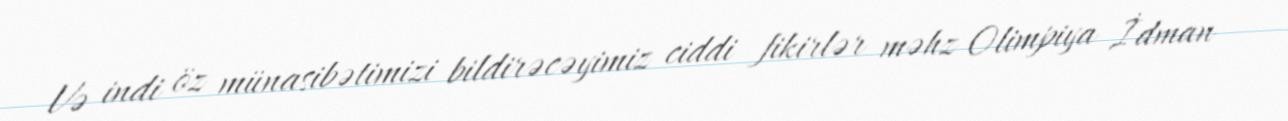
Və indi öz münasibətimizi bildirəcəyimiz ciddi fikirlər məhz Olimpiya İdman